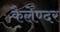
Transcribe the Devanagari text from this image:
कैलेण्दर